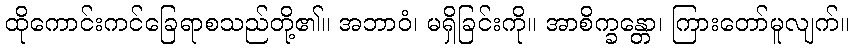
ထိုကောင်းကင်ခြေရာစသည်တို့၏။ အဘာဝံ၊ မရှိခြင်းကို။ အာစိက္ခန္တော၊ ကြားတော်မူလျက်။